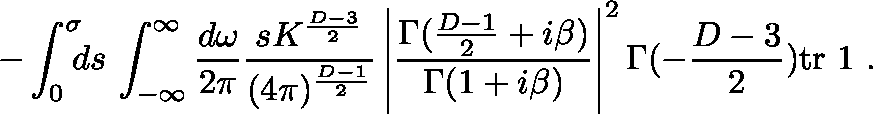
- \int _ { 0 } ^ { \sigma } \! \! \! d s \, \int _ { - \infty } ^ { \infty } \frac { d \omega } { 2 \pi } \frac { s K ^ { \frac { D - 3 } { 2 } } } { ( 4 \pi ) ^ { \frac { D - 1 } { 2 } } } \left| \frac { \Gamma ( \frac { D - 1 } { 2 } + i \beta ) } { \Gamma ( 1 + i \beta ) } \right| ^ { 2 } \Gamma ( - \frac { D - 3 } { 2 } ) \mathrm { t r } \mathrm { \boldmath ~ 1 ~ } .